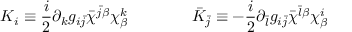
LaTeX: K _ { i } \equiv \frac { i } { 2 } \partial _ { k } g _ { i \bar { j } } \bar { \chi } ^ { \bar { j } \beta } \chi _ { \beta } ^ { k } \qquad \qquad \bar { K } _ { \bar { j } } \equiv - \frac { i } { 2 } \partial _ { \bar { l } } g _ { i \bar { j } } \bar { \chi } ^ { \bar { l } \beta } \chi _ { \beta } ^ { i }